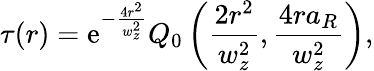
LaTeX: \tau(r)=\mathrm{e}^{-\frac{{4r^{2}}}{{w_{z}^{2}}}}Q_{0}\left(\frac{{2r^{2}}}{{w_{z}^{2}}},\frac{{4ra_{R}}}{{w_{z}^{2}}}\right),